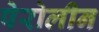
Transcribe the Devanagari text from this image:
पेरोलीन